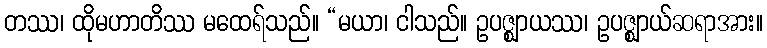
တဿ၊ ထိုမဟာတိဿ မထေရ်သည်။ “မယာ၊ ငါသည်။ ဥပဇ္ဈာယဿ၊ ဥပဇ္ဈာယ်ဆရာအား။